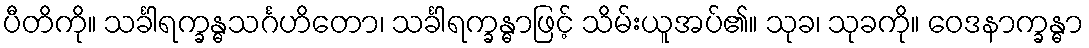
ပီတိကို။ သင်္ခါရက္ခန္ဓသင်္ဂဟိတော၊ သင်္ခါရက္ခန္ဓာဖြင့် သိမ်းယူအပ်၏။ သုခ၊ သုခကို။ ဝေဒနာက္ခန္ဓာ